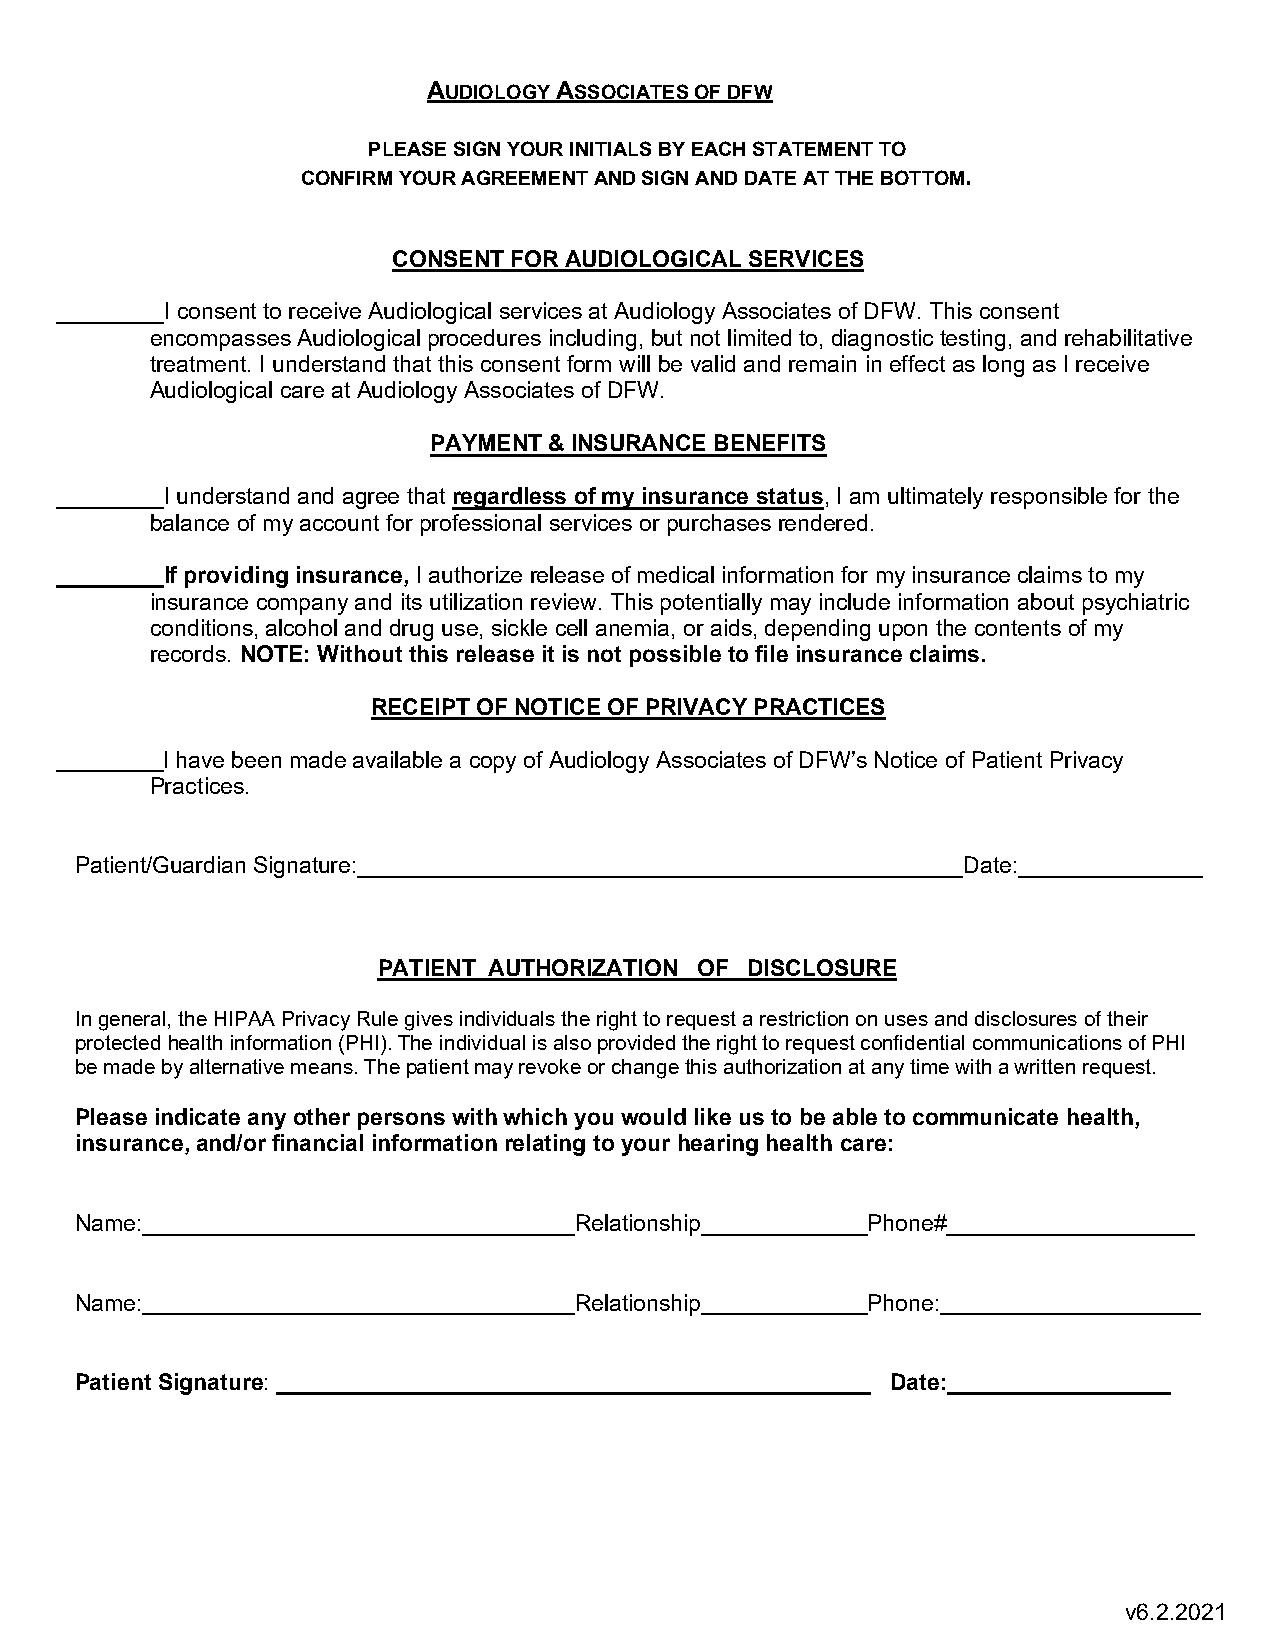
AUDIOLOGY ASSOCIATES OF DFW
 PLEASE SIGN YOUR INITIALS BY EACH STATEMENT TO
 CONFIRM YOUR AGREEMENT AND SIGN AND DATE AT THE BOTTOM.
 CONSENT FOR AUDIOLOGICAL SERVICES
 I consent to receive Audiological services at Audiology Associates of DFW. This consent
 encompasses Audiological procedures including, but not limited to, diagnostic testing, and rehabilitative
 treatment. I understand that this consent form will be valid and remain in effect as long as I receive
 Audiological care at Audiology Associates of DFW.
 PAYMENT & INSURANCE BENEFITS
 I understand and agree that regardless of my insurance status, I am ultimately responsible for the
 balance of my account for professional services or purchases rendered.
 If providing insurance, I authorize release of medical information for my insurance claims to my
 insurance company and its utilization review. This potentially may include information about psychiatric
 conditions, alcohol and drug use, sickle cell anemia, or aids, depending upon the contents of my
 records. NOTE: Without this release it is not possible to file insurance claims.
 RECEIPT OF NOTICE OF PRIVACY PRACTICES
 I have been made available a copy of Audiology Associates of DFW’s Notice of Patient Privacy
 Practices.
 Patient/Guardian Signature:                                Date:
 PATIENT AUTHORIZATION OF DISCLOSURE
 In general, the HIPAA Privacy Rule gives individuals the right to request a restriction on uses and disclosures of their
 protected health information (PHI). The individual is also provided the right to request confidential communications of PHI
 be made by alternative means. The patient may revoke or change this authorization at any time with a written request.
 Please indicate any other persons with which you would like us to be able to communicate health,
 insurance, and/or financial information relating to your hearing health care:
 Name:                            Relationship       Phone#
 Name:                            Relationship       Phone:
 Patient Signature:                                    Date:
 v6.2.2021